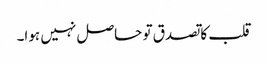
قلب کا تصدق تو حاصل نہیں ہوا۔